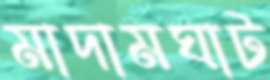
মাদামঘাট